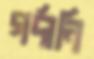
গর্দানি